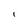
Character: I